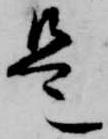
是